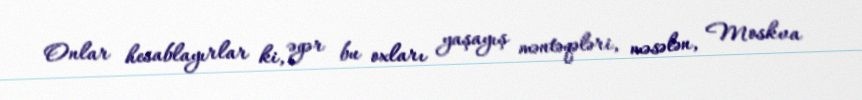
Onlar hesablayırlar ki, əgər bu oxları yaşayış məntəqələri, məsələn, Moskva